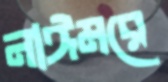
নাঈমরে